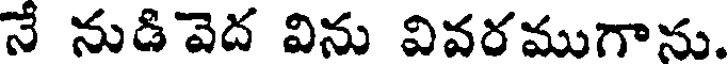
నే నుడివెద విను వివరముగాను.